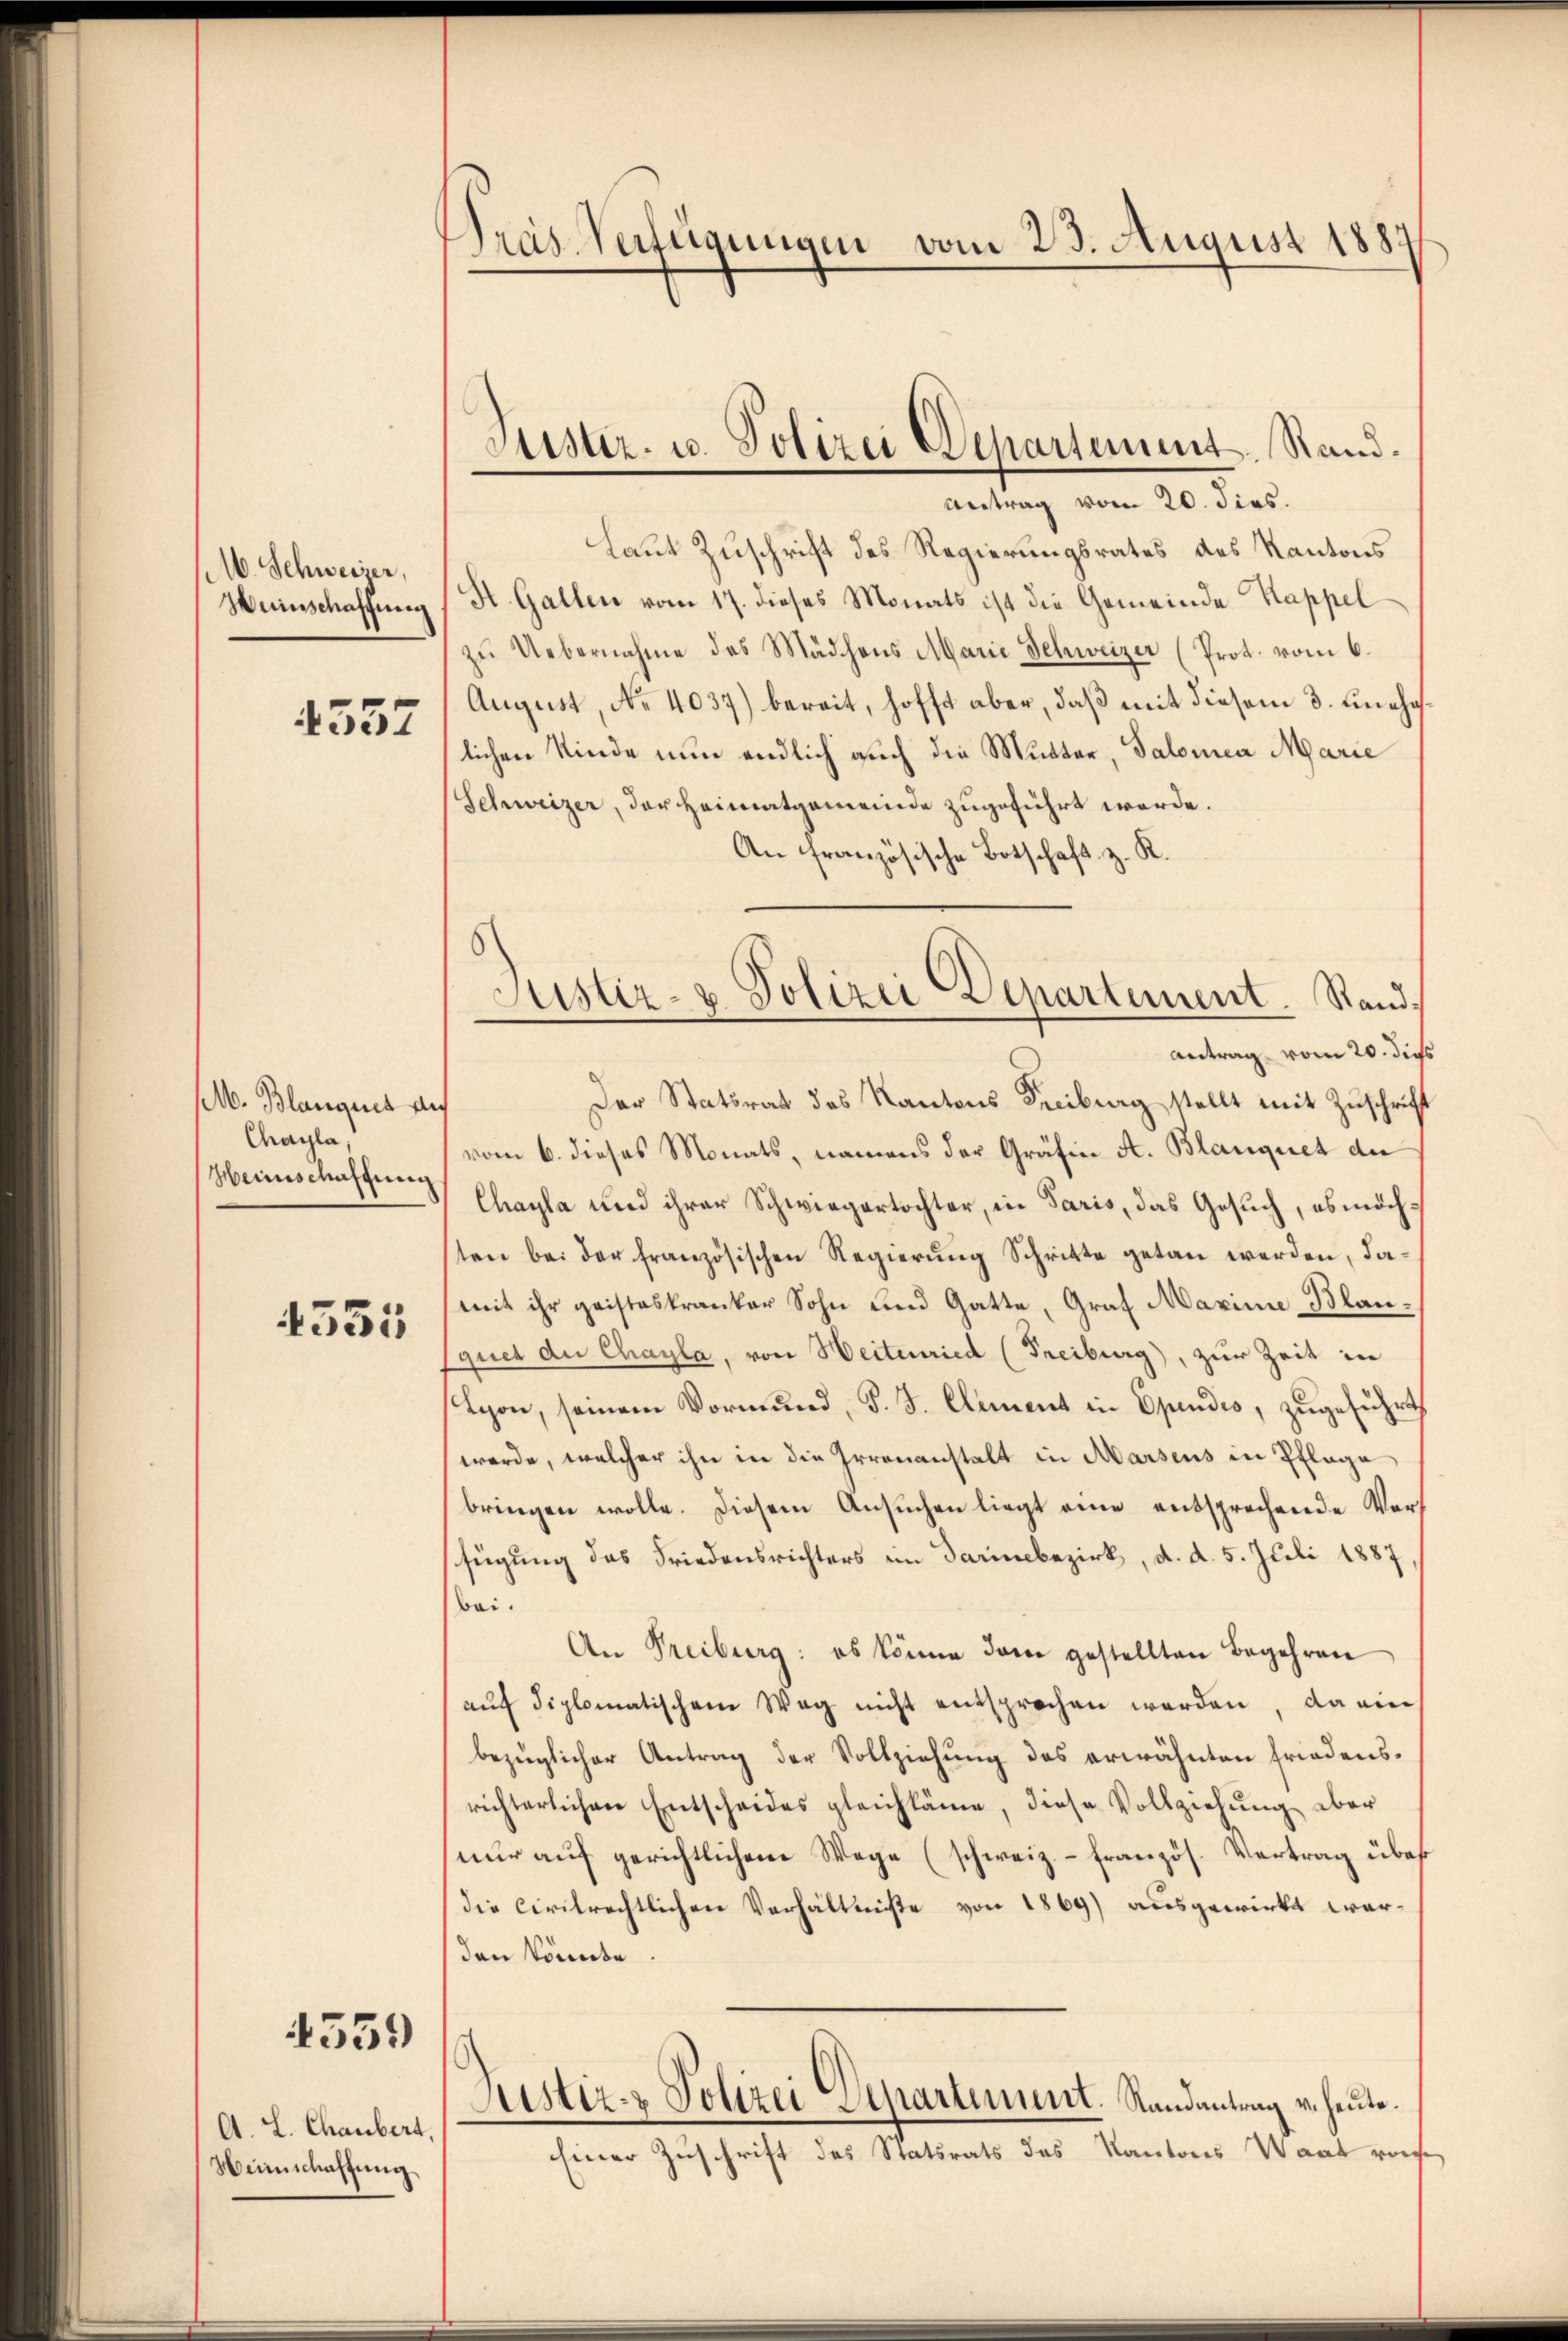
16. Schweizer,
Weinschaffung

4557

M. Blangues an
Chayla
Heinschaffung

4555

4359

A. L. Chaubert,
Weinschaftung

Pras Verfügungen vom 23. August 1889

Antrag vom 20. dies.
Laut Zuschrift des Regierungsrates des Kantons
St. Gallen vom 17. dieses Monats ist die Gemeinde Kappel
zŭ Uebernahme des Mädchens Marie Schweizer (Prot. vom 6.
August, No 4037) bereit, hofft aber, daß mit diesem 3. unehelichen Kinde nun endlich auch die Mutter, Salomea Marie
Schweizer, der Heimatgemeinde zugeführt werde.
An Französische Botschaft z. R.
Der Statsrat des Kantons Freiburg stellt mit Zuschrift
vom 6. dieses Monats, namens der Gräfin A. Blauquet der
Chayla und ihrer Schwiegertochter, in Paris, das Gesuch, es möchten bei der französischen Regierung Schritte getan werden, damit ihr geisteskranker Sohn und Gatte, Graf Maxime Blan-
quch die Chayla, von Heitenried (Freiburg), zur Zeit in
Tyon, seinem Vormund, d. J. Clement in Opendio, zugeführt,
werde, welcher ihn in die Irrenanstalt in Marsens in Pflage
bringen wolle. Diesem Ansuchen liegt eine entsprechende Vorfügung das Friedensrichters im Darin bezirk, d. d. 5. Juli 1887
bei.
An Freiburg: es könne dann gestellten Begehren
aŭf diplomatischem Weg nicht entsprochen werden, da ein
bezüglicher Antrag der Vollziehung des erwähnten Friedensrichterlichen Entscheides gleichkäme, diese Vollziehŭng aber
nŭr aŭf gerichtlichen Wege (schweiz.- französ. Vertrag über
die civilrechtlichen Verhältniße von 1869) ausgewirkt werden könnte
Justiz- & Polizei Separtement. Randantrag v. heute.
Einer Zuschrift des Statsrats des Kantons Waat vorhe

Justiz- u. Polizei Departement. Rand¬

d
Justiz- u. Polizei Departement. Stand,
Antrag vom 20. dies